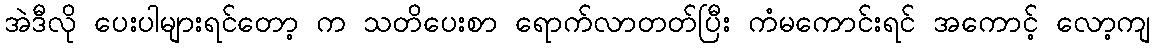
အဲဒီလို ပေးပါများရင်တော့ က သတိပေးစာ ရောက်လာတတ်ပြီး ကံမကောင်းရင် အကောင့် လော့ကျ